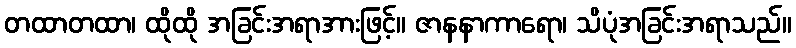
တထာတထာ၊ ထိုထို အခြင်းအရာအားဖြင့်။ ဇာနနာကာရော၊ သိပုံအခြင်းအရာသည်။